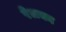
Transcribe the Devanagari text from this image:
रेलका